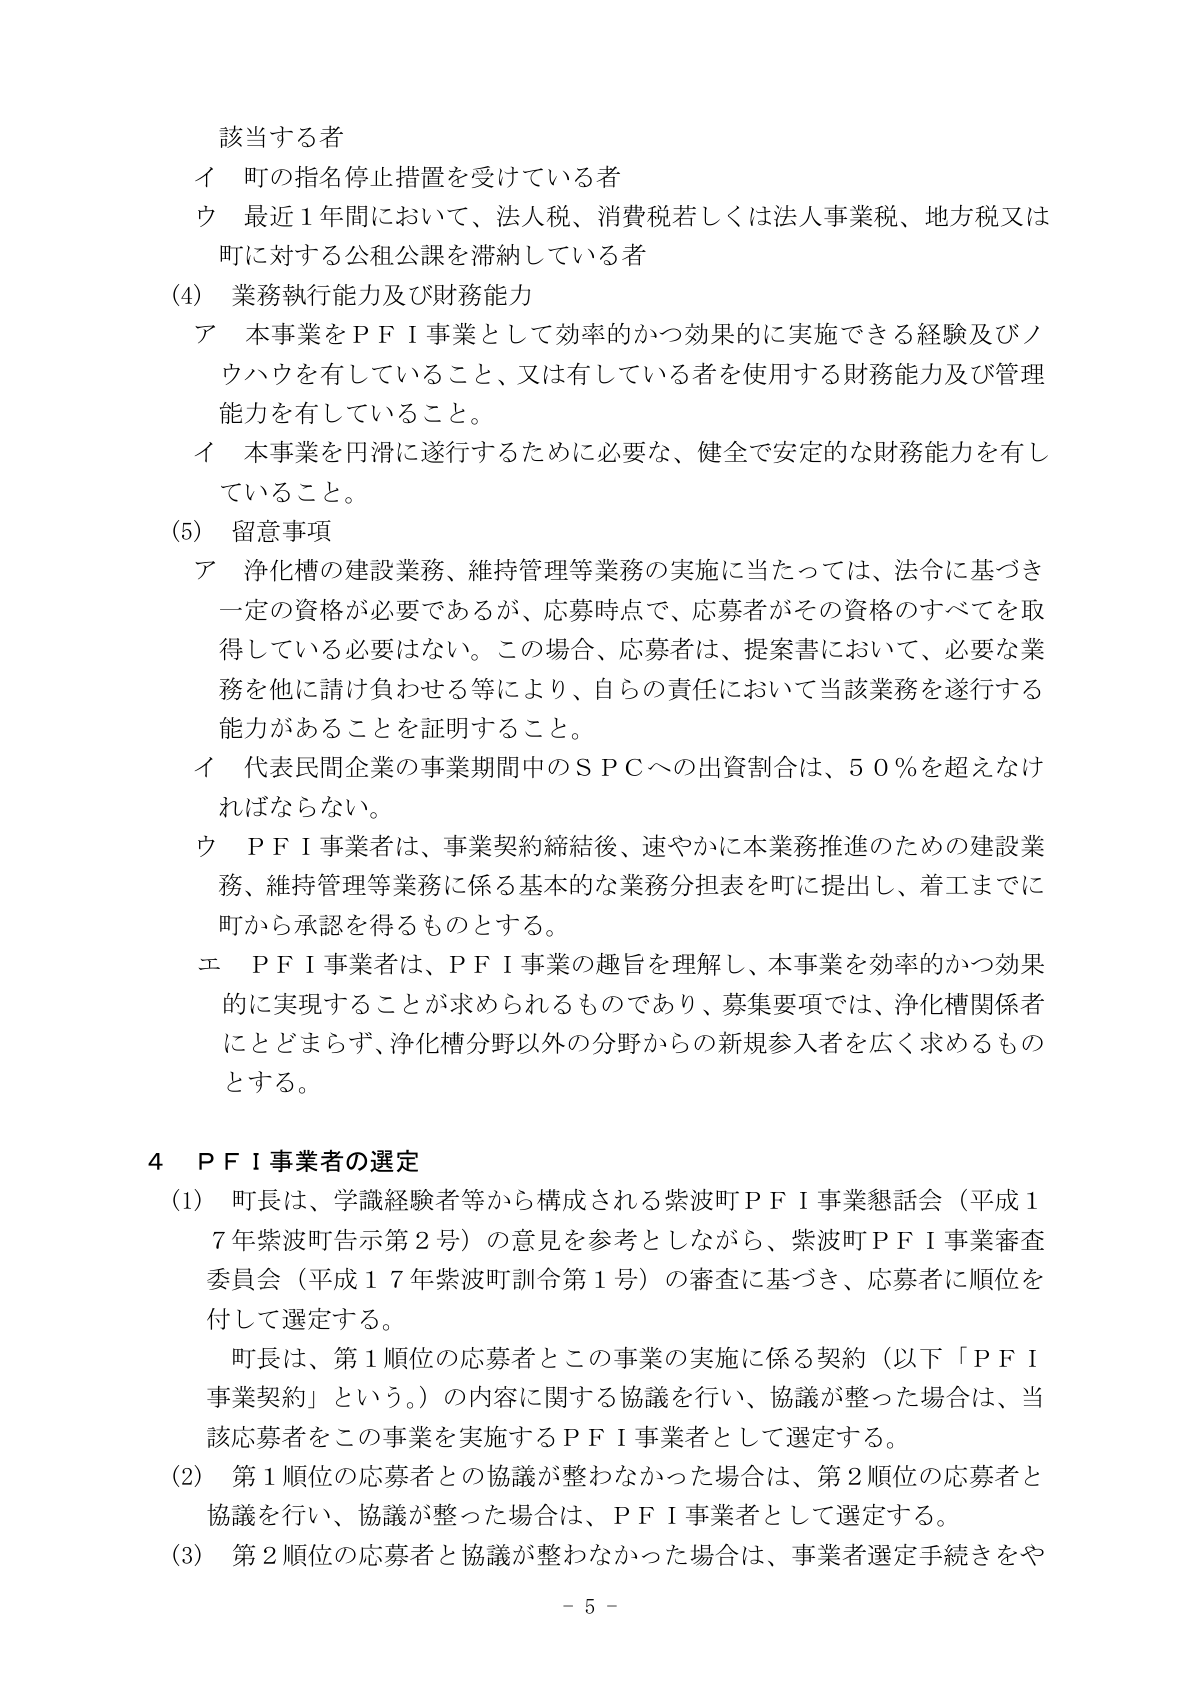
該当する者
イ 町の指名停止措置を受けている者
ウ 最近１年間において、法人税、消費税若しくは法人事業税、地方税又は町に対する公租公課を滞納している者

(4) 業務執行能力及び財務能力
ア 本事業をＰＦＩ事業として効率的かつ効果的に実施できる経験及びノウハウを有していること、又は有している者を使用する財務能力及び管理能力を有していること。
イ 本事業を円滑に遂行するために必要な、健全で安定的な財務能力を有していること。

(5) 留意事項
ア 浄化槽の建設業務、維持管理等業務の実施に当たっては、法令に基づき一定の資格が必要であるが、応募時点で、応募者がその資格のすべてを取得している必要はない。この場合、応募者は、提案書において、必要な業務を他に請け負わせる等により、自らの責任において当該業務を遂行する能力があることを証明すること。
イ 代表民間企業の事業期間中のＳＰＣへの出資割合は、５０％を超えないなければならない。
ウ ＰＦＩ事業者は、事業契約締結後、速やかに本業務推進のための建設業務、維持管理等業務に係る基本的な業務分担表を町に提出し、着工までに町から承認を得るものとする。
エ ＰＦＩ事業者は、ＰＦＩ事業の趣旨を理解し、本事業を効率的かつ効果的に実現することが求められるものであり、募集要項では、浄化槽関係者にとどまらず、浄化槽分野以外の分野からの新規参入者を広く求めるものとする。

4 ＰＦＩ事業者の選定
(1) 町長は、学識経験者等から構成される紫波町ＰＦＩ事業懇話会（平成17年紫波町告示第2号）の意見を参考としながら、紫波町ＰＦＩ事業審査委員会（平成17年紫波町訓令第1号）の審査に基づき、応募者に順位を付して選定する。
　　町長は、第1順位の応募者とこの事業の実施に係る契約（以下「ＰＦＩ事業契約」という。）の内容に関する協議を行い、協議が整った場合は、当該応募者をこの事業を実施するＰＦＩ事業者として選定する。
(2) 第1順位の応募者との協議が整わなかった場合は、第2順位の応募者と協議を行い、協議が整った場合は、ＰＦＩ事業者として選定する。
(3) 第2順位の応募者と協議が整わなかった場合は、事業者選定手続きをや

－ 5 －